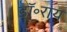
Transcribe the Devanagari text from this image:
डॉ॰राय